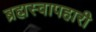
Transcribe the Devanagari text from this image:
ब्रह्मस्वापहारी